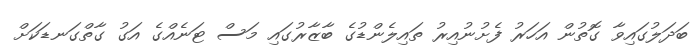
ބަދަލުގައިވާ ގޮތުން އަހަރު ފެށުނުއިރު ތައިލެންޑުގެ ބާޒާރުގައި މަސް ޓަނެއްގެ އަގު ގާތްގަނޑަކަށް